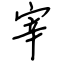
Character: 宰